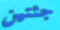
جثتين